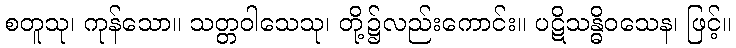
စတူသု၊ ကုန်သော။ သတ္တဝါသေသု၊ တို့၌လည်းကောင်း။ ပဋိသန္ဓိဝသေန၊ ဖြင့်။